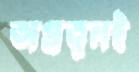
অপ্রতুলই